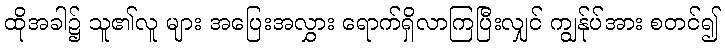
ထိုအခါ၌ သူ၏လူ များ အပြေးအလွှား ရောက်ရှိလာကြပြီးလျှင် ကျွန်ုပ်အား စတင်၍